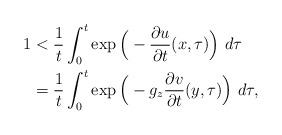
LaTeX: \begin{align*} 1 &< \frac{1}{t}\int_0^t \exp\Big(-\frac{\partial u}{\partial t}(x,\tau)\Big) \ d \tau\\ &= \frac{1}{t}\int_0^t \exp\Big(-g_z \frac{\partial v}{\partial t}(y,\tau)\Big) \ d \tau, \end{align*}